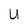
Character: U